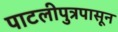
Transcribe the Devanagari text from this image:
पाटलीपुत्रपासून